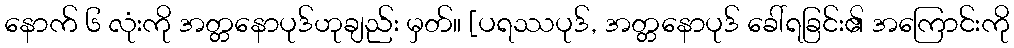
နောက် ၆ လုံးကို အတ္တနောပုဒ်ဟုချည်း မှတ်။ [ပရဿပုဒ်, အတ္တနောပုဒ် ခေါ်ရခြင်း၏ အကြောင်းကို